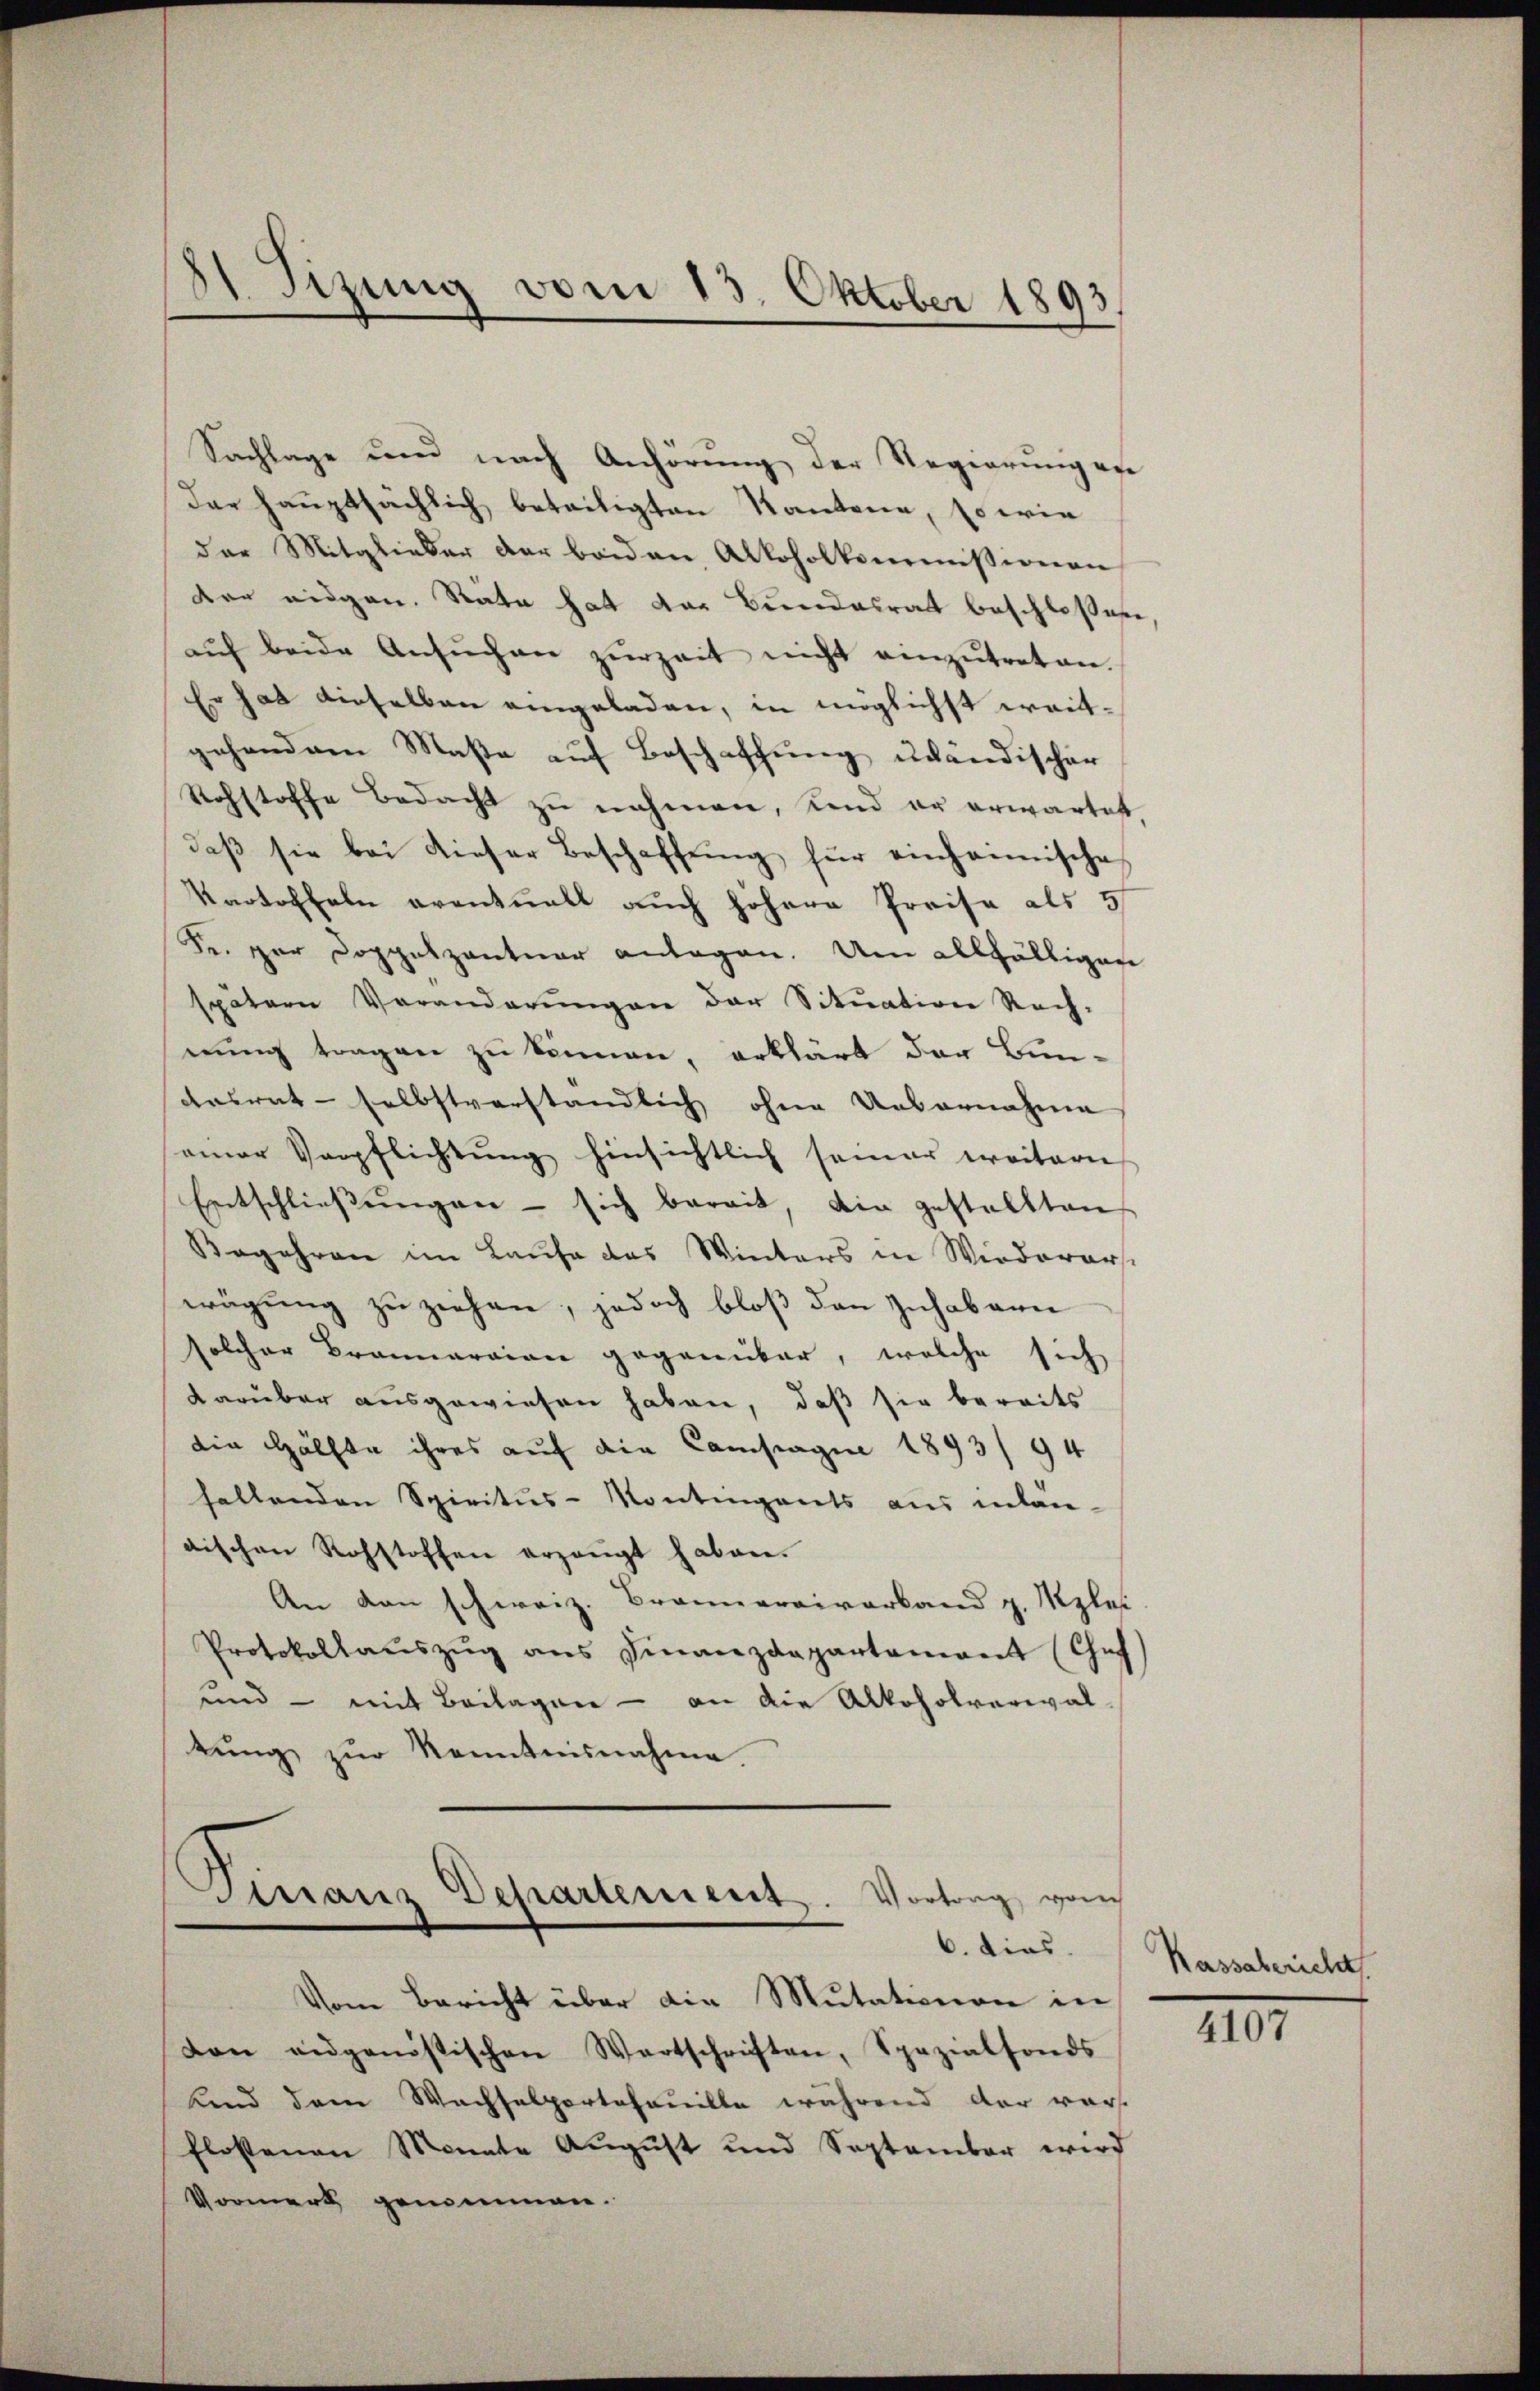
81 Sizung vom 13. Oktober 1893.

Sachlage und nach Anhörung der Regierungen
der hauptsächlich beteiligten Kantone, so wie
der Mitglieder der beiden Alkoholkommissionen
der eidgen. Räte hat der Bundesrat beschloßen
aŭf beide Ansŭchen zŭrzeit nicht einzŭtreten.
Er hat dieselben eingeladen, in möglichst weitgehendem Maße auf Beschaffung ubändischer
Rohstoffe bedacht zu nehmen, und er erwartet,
daβ sie bei dieser Beschaffŭng für einheimische
Kartoffeln eventuell auch höhere Preise als 5
Se per Doppelzentuar anlagen. Um allfälligen
spätern Veränderŭngen der Situation Rech-
nung tragen zu können, erklärt der Bun-
desrat selbstverständlich ohne Uebernahme
einer Verpflichtung hinsichtlich seiner weitere
Entschlieβŭngen - sich bereit, die gestellten
Begehren im Laufe das Winters in Wiederarst
wägung zu ziehen, jedoch bloß den Zuhabenn
solcher Brannarian gegenüber, welche sich
darüber ausgewiesen haben, daß sie bereits
die Hälfte ihres auf die Campagne 1893/ 94
fallenden Spiritus-Kontingents aus intan-
aischen Rohstoffen erzeugt haben.
An den schweiz. Brannarriverband z. Mples
Protokollaŭszŭg ans Finanzdepartamant (Chef
und - mit Beilagen - an die Alkoholverwal-
tŭng zŭr Kenntnisnahme.

Finanz-Departement. Vortrag, vom
6. dies
Vom Bericht über die Mutationen in

don eidgenössischen Wertschriften, Spazialfonds
Kind dem Wachselportefanille während der vor-
Flostenen Monate August und September wird
Vormerk genommen.

Kassabericht

4107